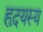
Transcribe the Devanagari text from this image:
हृदयस्य